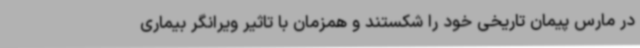
در مارس پیمان تاریخی خود را شکستند و همزمان با تاثیر ویرانگر بیماری